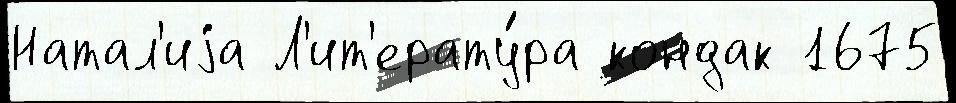
Натал'иjа Л'ит'ерату́ра кондак 1675